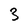
Character: 3